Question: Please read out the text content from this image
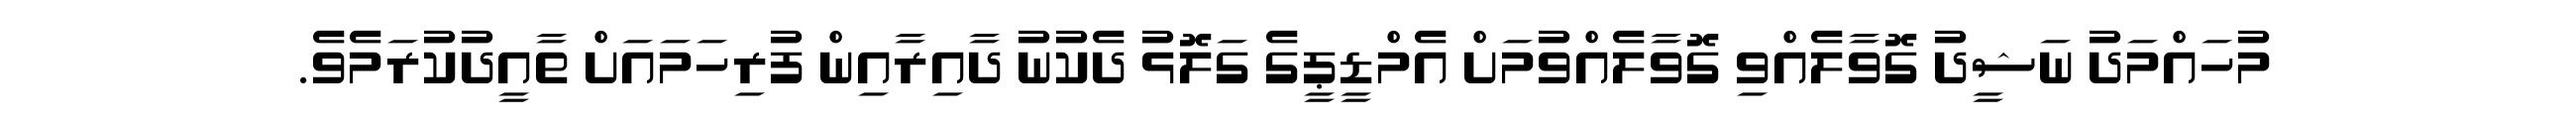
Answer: މުހައްމަދު ނަޝީދު ގޮވާލެއްވި ގޮވާލެއްވުމަށް އެމްޑީޕީގެ ގަލޮޅު ދެކުނު ދާއިރާއިން ފުރިހަމައަށް ތާއީދުކުރަމެވެ.